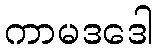
ကာမဒဒေါ